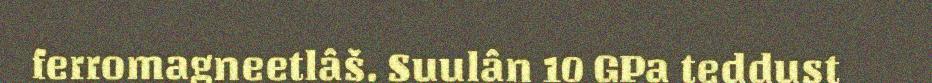
ferromagneetlâš. Suulân 10 GPa teddust